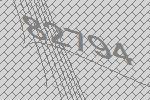
82794